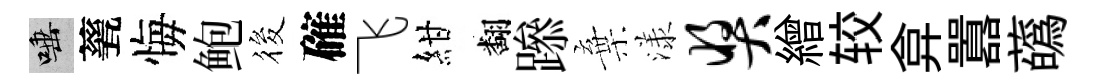
唾甆悔鲍筱確飞紺翻𨅶棄漾奖繒较弇囂蘤